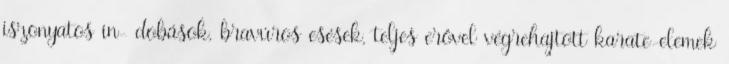
iszonyatos in- dobások, bravúros esések, teljes erővel végrehajtott karate-elemek